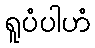
ရူပံပါဟံ